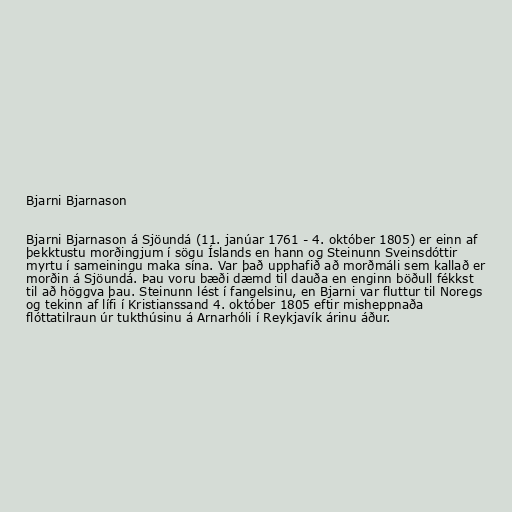
Bjarni Bjarnason

Bjarni Bjarnason á Sjöundá (11. janúar 1761 - 4. október 1805) er einn af
þekktustu morðingjum í sögu Íslands en hann og Steinunn Sveinsdóttir
myrtu í sameiningu maka sína. Var það upphafið að morðmáli sem kallað er
morðin á Sjöundá. Þau voru bæði dæmd til dauða en enginn böðull fékkst
til að höggva þau. Steinunn lést í fangelsinu, en Bjarni var fluttur til Noregs
og tekinn af lífi í Kristianssand 4. október 1805 eftir misheppnaða
flóttatilraun úr tukthúsinu á Arnarhóli í Reykjavík árinu áður.